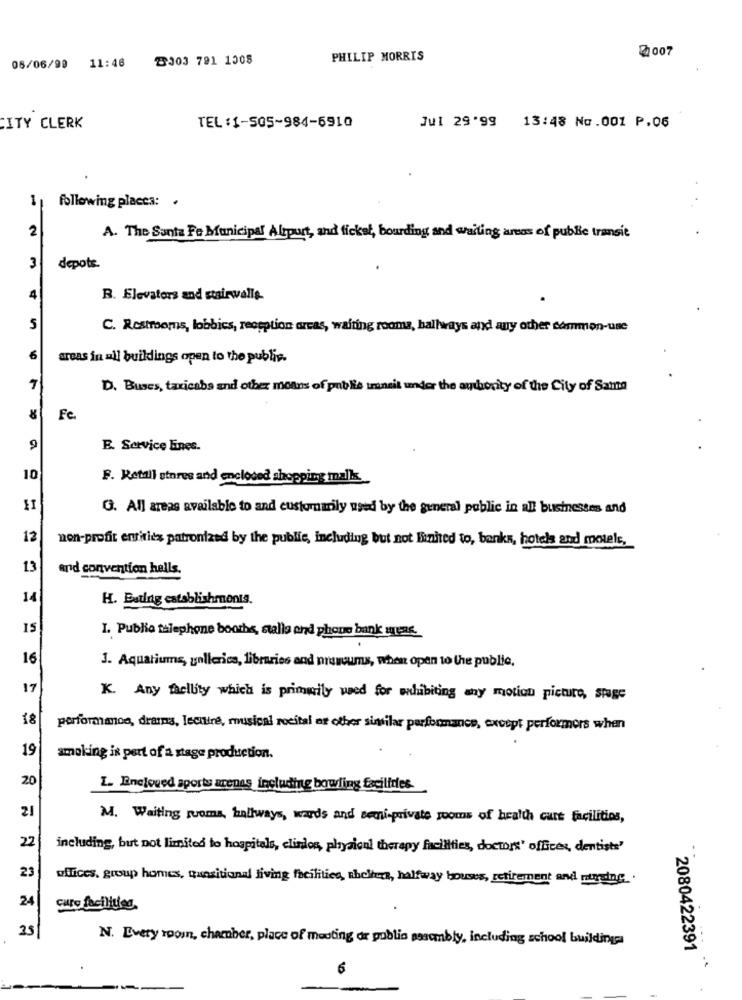
@007
2003 791 1308
PHILIP MORRIS
08/06/99 11:46
CITY CLERK
TEL:1-505-984-6910
Jul 29'99 13:48 No.001 P.06
following places: .
1
2
A. The Santa Fe Municipal Airport, and fickst, bourding and waiting areas of publie transit
3
depote
4
B. Elevators and stairwalls-
5
C. Restrooms, lobbies, reopption areas, waiting rooma, hallways and any other common-une
6
areas in all buildings open to the public.
D. Buses, taxicabs and other means of publis transit under the authority of the City of Sama
20
Fe.
a
E. Service Enes.
10
F. Retail stores and enclosed shopping malls.
G. All areas available to and customarily used by the general public in all businesses and
12
non-profit entities patronized by the public, including but not limited to, banks, hotels and motels,
13
and convention hells.
14
H. Esting establishments.
IS
I. Public telephone booths, stalls and phone bank meme
16
3. Aquariums, galleries, libraries and nruseums, when open to the public,
17
K. Any facility which is primarily ved for whubiting any motion picture, stage
18
performance, dramma, lecitire, musical recital or other similar parformance, except performers when
19
smoking is part of a stage production.
20
L. Encloved sports arenas including bowling facilides
21
M. Waiting rooms, hallways, wards and semi-private rooms of health care facilities,
22
including, but not limited to hospitals, clinlos, physical therapy facilities, doctors" offices, dentists'
23
offices, group homes, quasitianal living facilities, shelters, halfway houses, retirement and nursing.
24
25
N. Every roosn, chamaber, place of menting or public assembly, including school buildings
2080422391
6
..